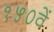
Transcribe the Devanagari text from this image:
१५०वें